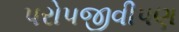
પરોપજીવીપણ